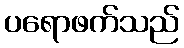
ပရောဖက်သည်